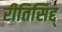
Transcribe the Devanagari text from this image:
रीतिसिद्द्